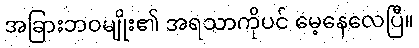
အခြားဘဝမျိုး၏ အရသာကိုပင် မေ့နေလေပြီ။